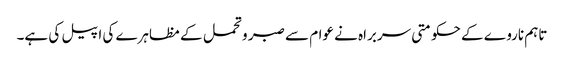
تاہم ناروے کے حکومتی سربراہ نے عوام سے صبر و تحمل کے مظاہرے کی اپیل کی ہے۔